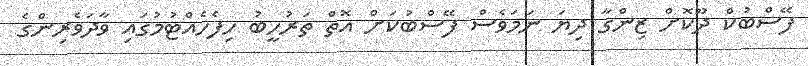
ފޭސްބުކް ދޫކޮށް ޒިންގާ ދިޔަ ނަމަވެސް ފޭސްބުކަށް އޮތް ތަރުހީބު ހިފެހެއްޓުމުގައި ވާދަވެރިންގެ